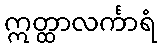
ဣတ္ထာလင်္ကာရံ